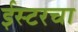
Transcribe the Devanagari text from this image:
ईस्टरचा